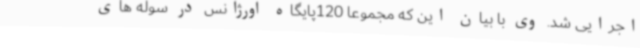
اجرایی شد. وی با بیان این که مجموعا 120پایگاه اورژانس در سوله های